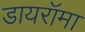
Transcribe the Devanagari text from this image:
डायरॉमा